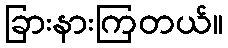
ခြားနားကြတယ်။